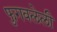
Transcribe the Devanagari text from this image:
फुगवलेली